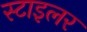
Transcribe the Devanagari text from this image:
स्टाइलर